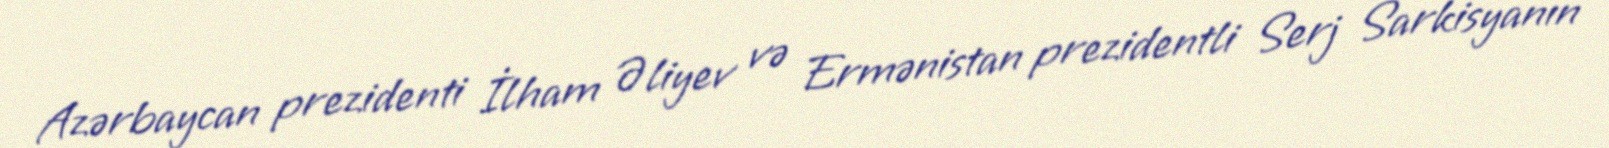
Azərbaycan prezidenti İlham Əliyev və Ermənistan prezidentli Serj Sarkisyanın